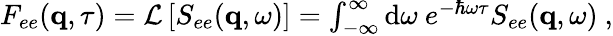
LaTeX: \begin{array}{r}{F_{ee}(\mathbf{q},\tau)=\mathcal{L}\left[S_{ee}(\mathbf{q},\omega)\right]=\int_{-\infty}^{\infty}\textnormal{d}\omega\ e^{-\hbar\omega\tau}S_{ee}(\mathbf{q},\omega)\ ,}\end{array}